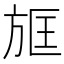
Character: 𣃱